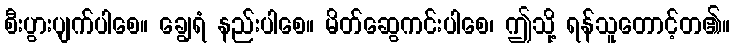
စီးပွားပျက်ပါစေ။ ချွေရံ နည်းပါစေ။ မိတ်ဆွေကင်းပါစေ၊ ဤသို့ ရန်သူတောင့်တ၏။